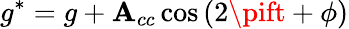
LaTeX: g^{*}=g+\mathbf{A}_{cc}\cos{(2\pift+\phi)}